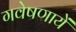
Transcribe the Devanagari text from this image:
गवेषणायें